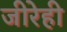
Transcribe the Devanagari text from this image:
जीरेही